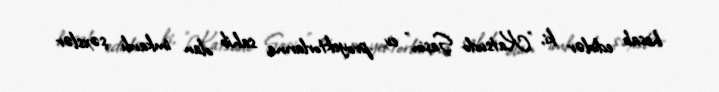
hesab edirlər ki, "Katsudo Şaşin" ev proyektorlarına sahib olan imkanlı şəxslər